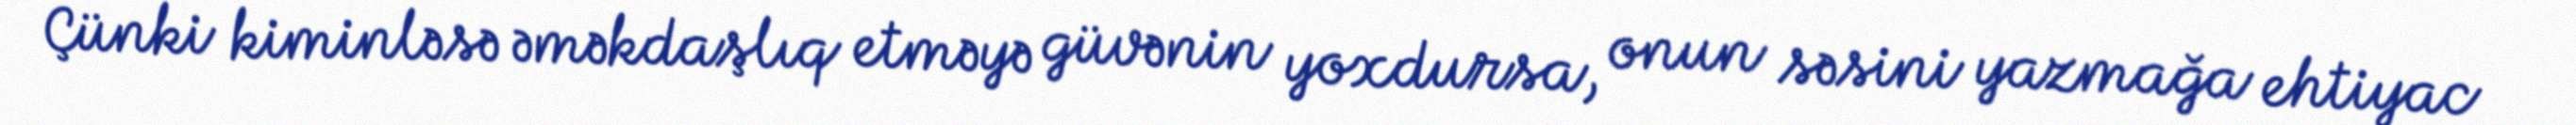
Çünki kiminləsə əməkdaşlıq etməyə güvənin yoxdursa, onun səsini yazmağa ehtiyac